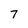
Character: 7